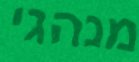
מנהגי